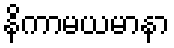
နိကာမယမာနာ